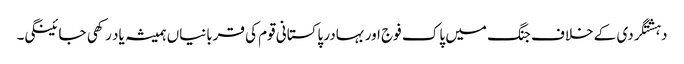
دہشتگردی کے خلاف جنگ میں پاک فوج اور بہادر پاکستانی قوم کی قربانیاں ہمیشہ یاد رکھی جائینگی۔